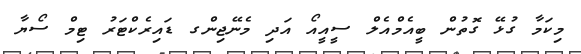
މިކަމާ ގުޅޭ ގޮތުން ބީއެމްއެލް ސީއީއޯ އަދި މެނޭޖިންގ ޑައިރެކްޓަރު ޓިމް ސޯޔާ